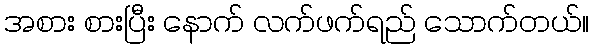
အစား စားပြီး နောက် လက်ဖက်ရည် သောက်တယ်။